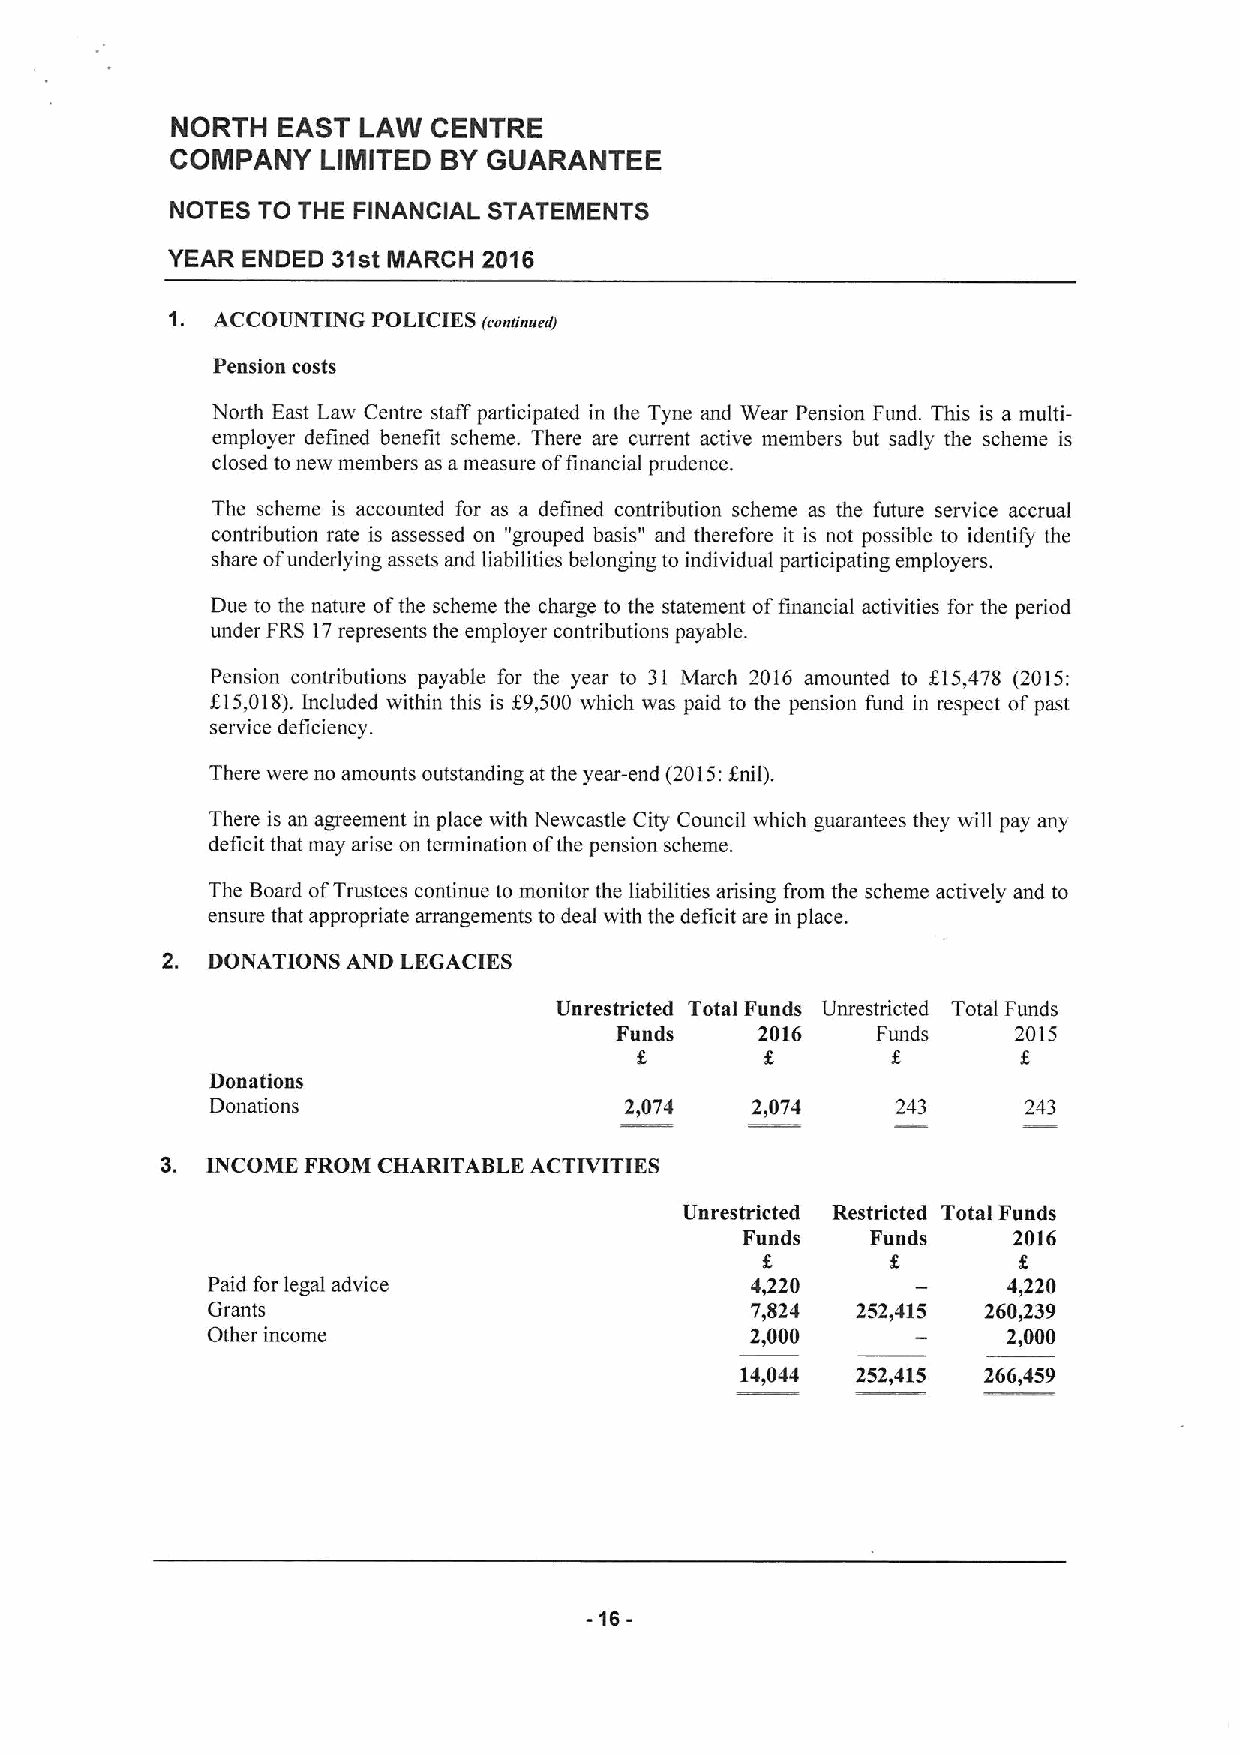
NORTH  EAST  LAW  CENTRE
 COMPANY   LIMITED BYGUARANTEE
 NOTES TO THE FINANCIAL STATEMENTS
 YEAR ENDED 31st IIARCH 2016
 1. ACCOUNTING POLICIES (eandnuedj
 Pension costs
 North East Law Centre staff participated in the Tyne and Wear Pension Fund. This is a multi-
 employer defined benefit scheme. There are current active members but sadly the scheme is
 closed to new members as ameasure offinancial prudence.
 The scheme is accounted for as a defined contribution scheme as the future service accrual
 contribution rate is assessed on "grouped basis" and therefore it is not possible to identify the
 share ofunderlying assets and liabilities belonging to individual participating employers.
 Due to the nature ofthe scheme the charge to the statement offinancial activities for the period
 under FRS 17represents the employer contributions payable.
 Pension contributions payable for the year to 31 March 2016 amounted to 615,478 (2015:
 f15,018).Included within this is 69,500 which was paid to the pension fund in respect ofpast
 service deficiency.
 There were no amounts outstanding at the year-end (2015:anil).
 There is an agreement in place with Newcastle City Council which guarantees they will pay any
 deficit that may arise on termination ofthe pension scheme.
 The Board ofTrustees continue to monitor the liabilities arising from the scheme actively and to
 ensure that appropriate arrangements to deal with the deficit are in place.
 2. DONATIONS AND LEGACIES
 Unrestricted Total Funds Unrestricted Total Funds
 Funds    2016    Funds    2015
 Donations
 Donations                  2,074    2,074    243      243
 3. INCOME FROM CHARITABLE ACTIVITIES
 Unrestricted Restricted Total Funds
 Funds    Funds    2016
 Paid for legal advice               4420             4,220
 Grants                              7,824  252,415 260,239
 Other income                        2,000            2,000
 14,044  252,415 266,459
 -16